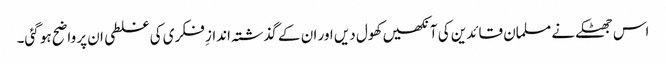
اس جھٹکے نے مسلمان قائدین کی آنکھیں کھول دیں اور ان کے گذشتہ اندازِ فکری کی غلطی ان پر واضح ہو گئی۔